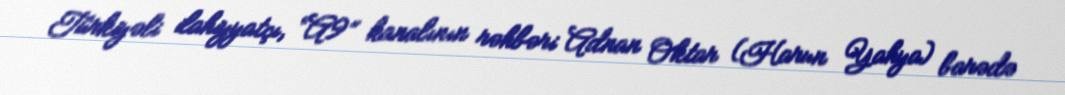
Türkiyəli ilahiyyatçı, “A9” kanalının rəhbəri Adnan Oktar (Harun Yahya) barədə